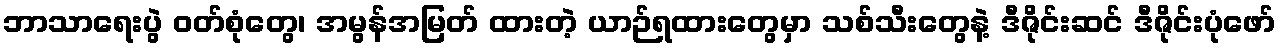
ဘာသာရေးပွဲ ဝတ်စုံတွေ၊ အမွန်အမြတ် ထားတဲ့ ယာဉ်ရထားတွေမှာ သစ်သီးတွေနဲ့ ဒီဇိုင်းဆင် ဒီဇိုင်းပုံဖော်